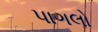
પાગલો